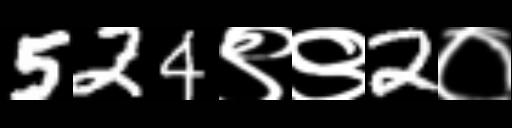
Text: 524९९2०